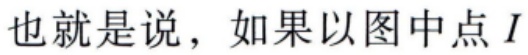
也就是说，如果以图中点\(I\)